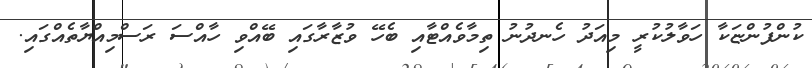
ކުންފުންޏަކާ ހަވާލުކުރީ މިއަދު ހެނދުނު ތިމާވެއްޓާއި ބެހޭ ވުޒާރާގައި ބޭއްވި ހާއްސަ ރަސްމިއްޔާތެއްގައި.